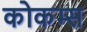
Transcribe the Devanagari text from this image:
कोकम्स